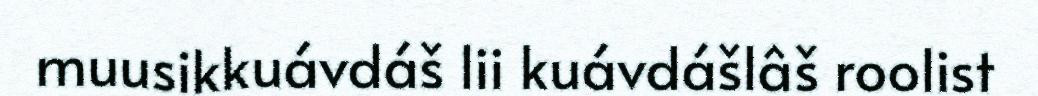
muusikkuávdáš lii kuávdášlâš roolist